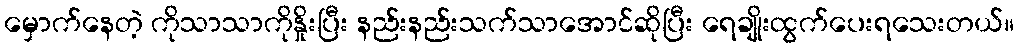
မှောက်နေတဲ့ ကိုသာသာကိုနှိုးပြီး နည်းနည်းသက်သာအောင်ဆိုပြီး ရေချိုးထွက်ပေးရသေးတယ်။